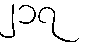
၂၁၇